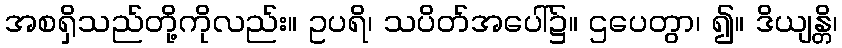
အစရှိသည်တို့ကိုလည်း။ ဥပရိ၊ သပိတ်အပေါ်၌။ ဌပေတွာ၊ ၍။ ဒိယျန္တိ၊